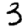
Digit: 3